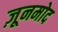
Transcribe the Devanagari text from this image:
ज़ूनमोद